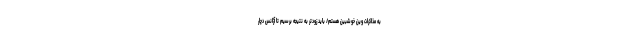
به مذاکرات وین خوشبین هستم/ باید زودتر به نتیجه برسیم تا آژانس دچار